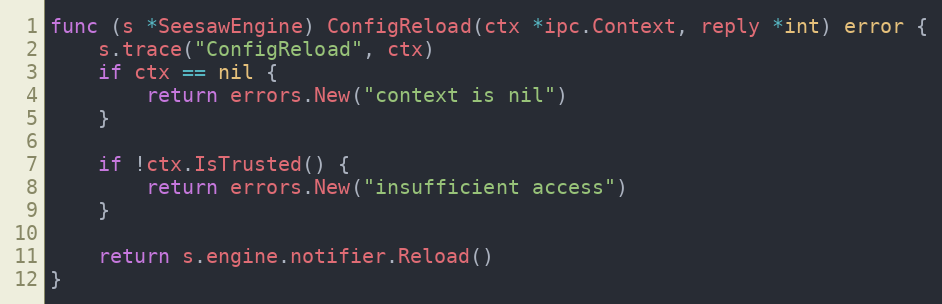
Language: Go
func (s *SeesawEngine) ConfigReload(ctx *ipc.Context, reply *int) error {
	s.trace("ConfigReload", ctx)
	if ctx == nil {
		return errors.New("context is nil")
	}

	if !ctx.IsTrusted() {
		return errors.New("insufficient access")
	}

	return s.engine.notifier.Reload()
}